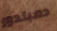
دمبلدور